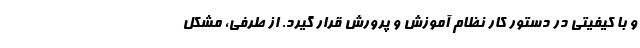
و با کیفیتی در دستور کار نظام آموزش و پرورش قرار گیرد. از طرفی، مشکل